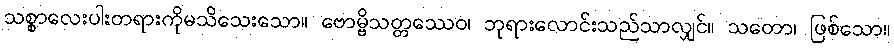
သစ္စာလေးပါးတရားကိုမသိသေးသော။ ဗောမ္ဗိသတ္တဿေဝ၊ ဘုရားလောင်းသည်သာလျှင်။ သတော၊ ဖြစ်သော။